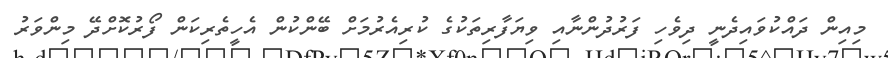
މިއިން ދައްކުވައިދެނީ ދިވެހި ފަރުދުންނާއި ވިޔަފާރިތަކުގެ ކުރިއެރުމަށް ބޭންކުން އެހީތެރިކަން ފޯރުކޮށްދޭ މިންވަރު